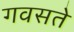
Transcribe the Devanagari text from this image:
गवसते